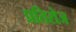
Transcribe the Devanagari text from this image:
प्रतिरोज